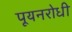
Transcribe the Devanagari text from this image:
पूयनरोधी